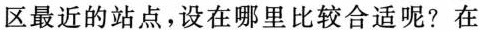
区最近的站点，设在哪里比较合适呢?在